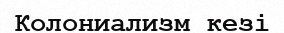
Колониализм кезі